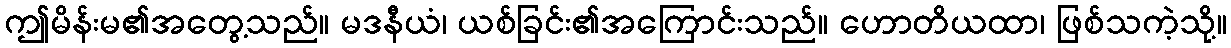
ဤမိန်းမ၏အတွေ့သည်။ မဒနီယံ၊ ယစ်ခြင်း၏အကြောင်းသည်။ ဟောတိယထာ၊ ဖြစ်သကဲ့သို့။